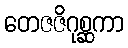
တေဇဇိဂုစ္ဆကာ